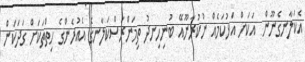
އެކަލާނގެނޫން  އަކަށް އަޅުކަމެއް ނުކުރާނޫއޭ ބުނިހިނދު ތިމަންރަސްކަލާނގެ އެއުރެންގެ ހިތްތަކަށް ގަދަކަން